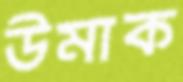
উমাক